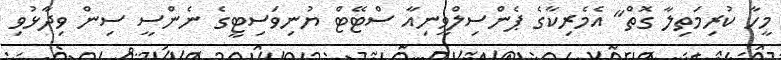
މީހާ ކުރިމަތިލާ ގޮތް" އެމެރިކާގެ ޕެންސިލްވީނިއާ ސްޓޭޓް ޔުނިވަސިޓީގެ ނެންސީ ސިން ވިދާޅުވި